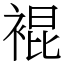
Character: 裩